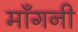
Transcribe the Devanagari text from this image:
मॉँगनी